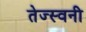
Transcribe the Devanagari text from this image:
तेज्स्वनी